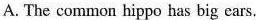
A. The common hippo has big ears.